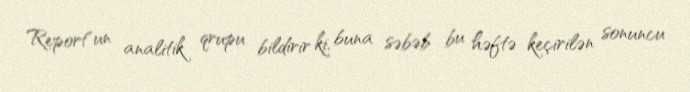
Report"un analitik qrupu bildirir ki, buna səbəb bu həftə keçirilən sonuncu